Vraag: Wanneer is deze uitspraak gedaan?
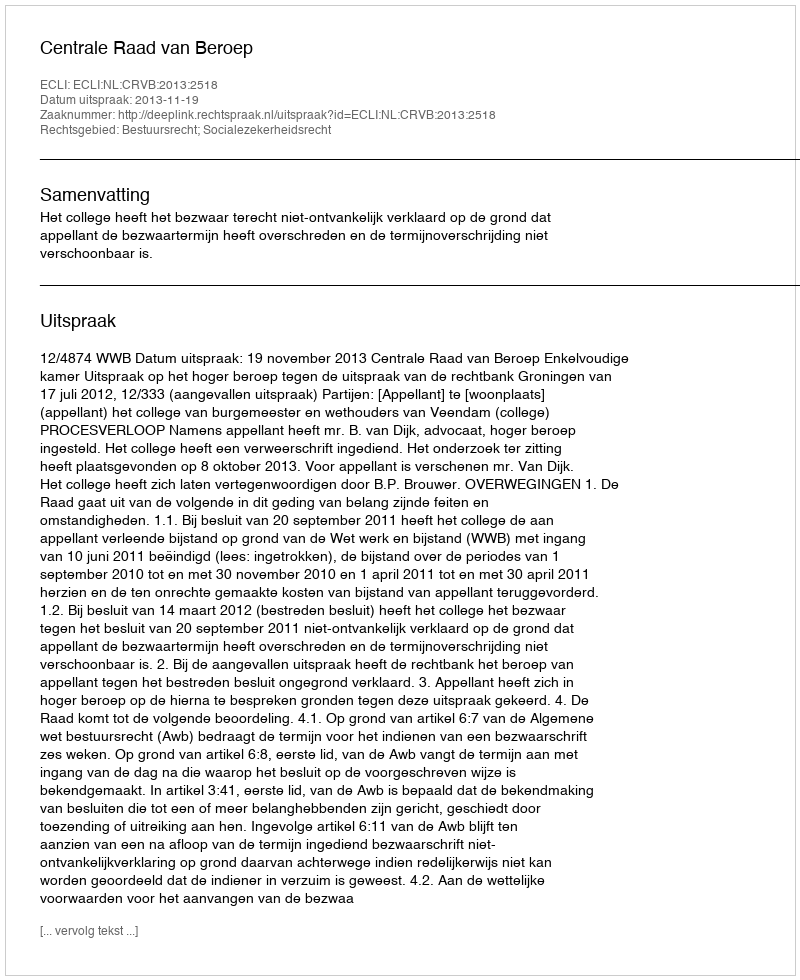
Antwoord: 2013-11-19